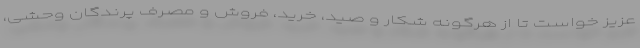
عزیز خواست تا از هرگونه شکار و صید، خرید، فروش و مصرف پرندگان وحشی،